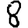
Digit: 8